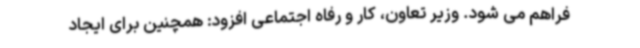
فراهم می شود. وزیر تعاون، کار و رفاه اجتماعی افزود: همچنین برای ایجاد